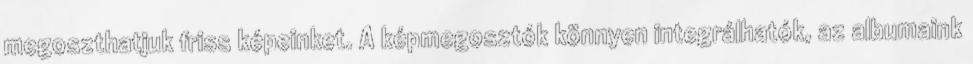
megoszthatjuk friss képeinket. A képmegosztók könnyen integrálhatók, az albumaink